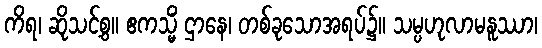
ကိရ၊ ဆိုသင့်စွ။ ဧကသ္မိံ ဌာနေ၊ တစ်ခုသောအရပ်၌။ သမ္ပဟုလာမနူဿာ၊